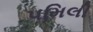
૫મિલી